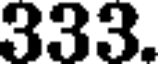
333.